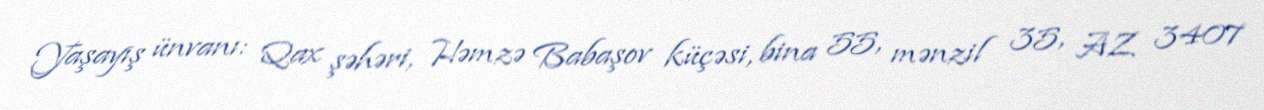
Yaşayış ünvanı: Qax şəhəri, Həmzə Babaşov küçəsi, bina 55, mənzil 35, AZ 3407